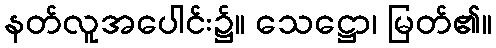
နတ်လူအပေါင်း၌။ သေဋ္ဌော၊ မြတ်၏။